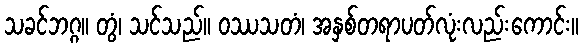
သခင်ဘဂ္ဂ။ တွံ၊ သင်သည်။ ဝဿသတံ၊ အနှစ်တရာပတ်လုံးလည်းကောင်း။